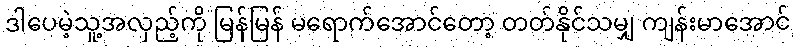
ဒါပေမဲ့သူ့အလှည့်ကို မြန်မြန် မရောက်အောင်တော့ တတ်နိုင်သမျှ ကျန်းမာအောင်